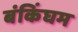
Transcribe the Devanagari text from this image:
बंकिंघम